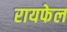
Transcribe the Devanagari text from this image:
रायफेल